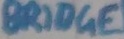
Text: BRIDGE